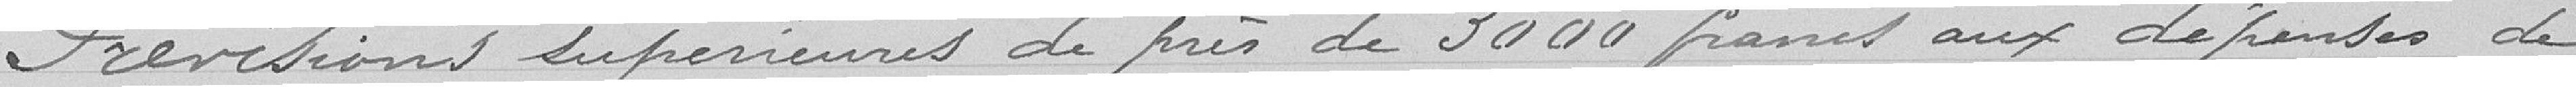
Prévisions supérieures de près de 3.000 francs aux dépenses de